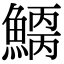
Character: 𩺂